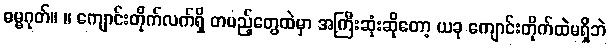
ဓမ္မဂုတ်။ ။ ကျောင်းတိုက်လက်ရှိ တပည့်တွေထဲမှာ အကြီးဆုံးဆိုတော့ ယခု ကျောင်းတိုက်ထဲမရှိဘဲ